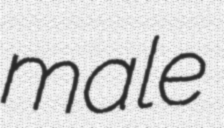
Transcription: male